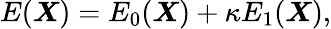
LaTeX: E(\boldsymbol{X})=E_{0}(\boldsymbol{X})+\kappa E_{1}(\boldsymbol{X}),